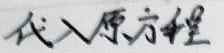
代入原方程